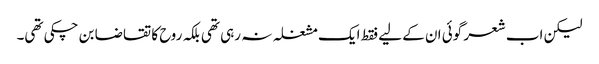
لیکن اب شعر گوئی ان کے لیے فقط ایک مشغلہ نہ رہی تھی بلکہ روح کا تقاضا بن چکی تھی۔